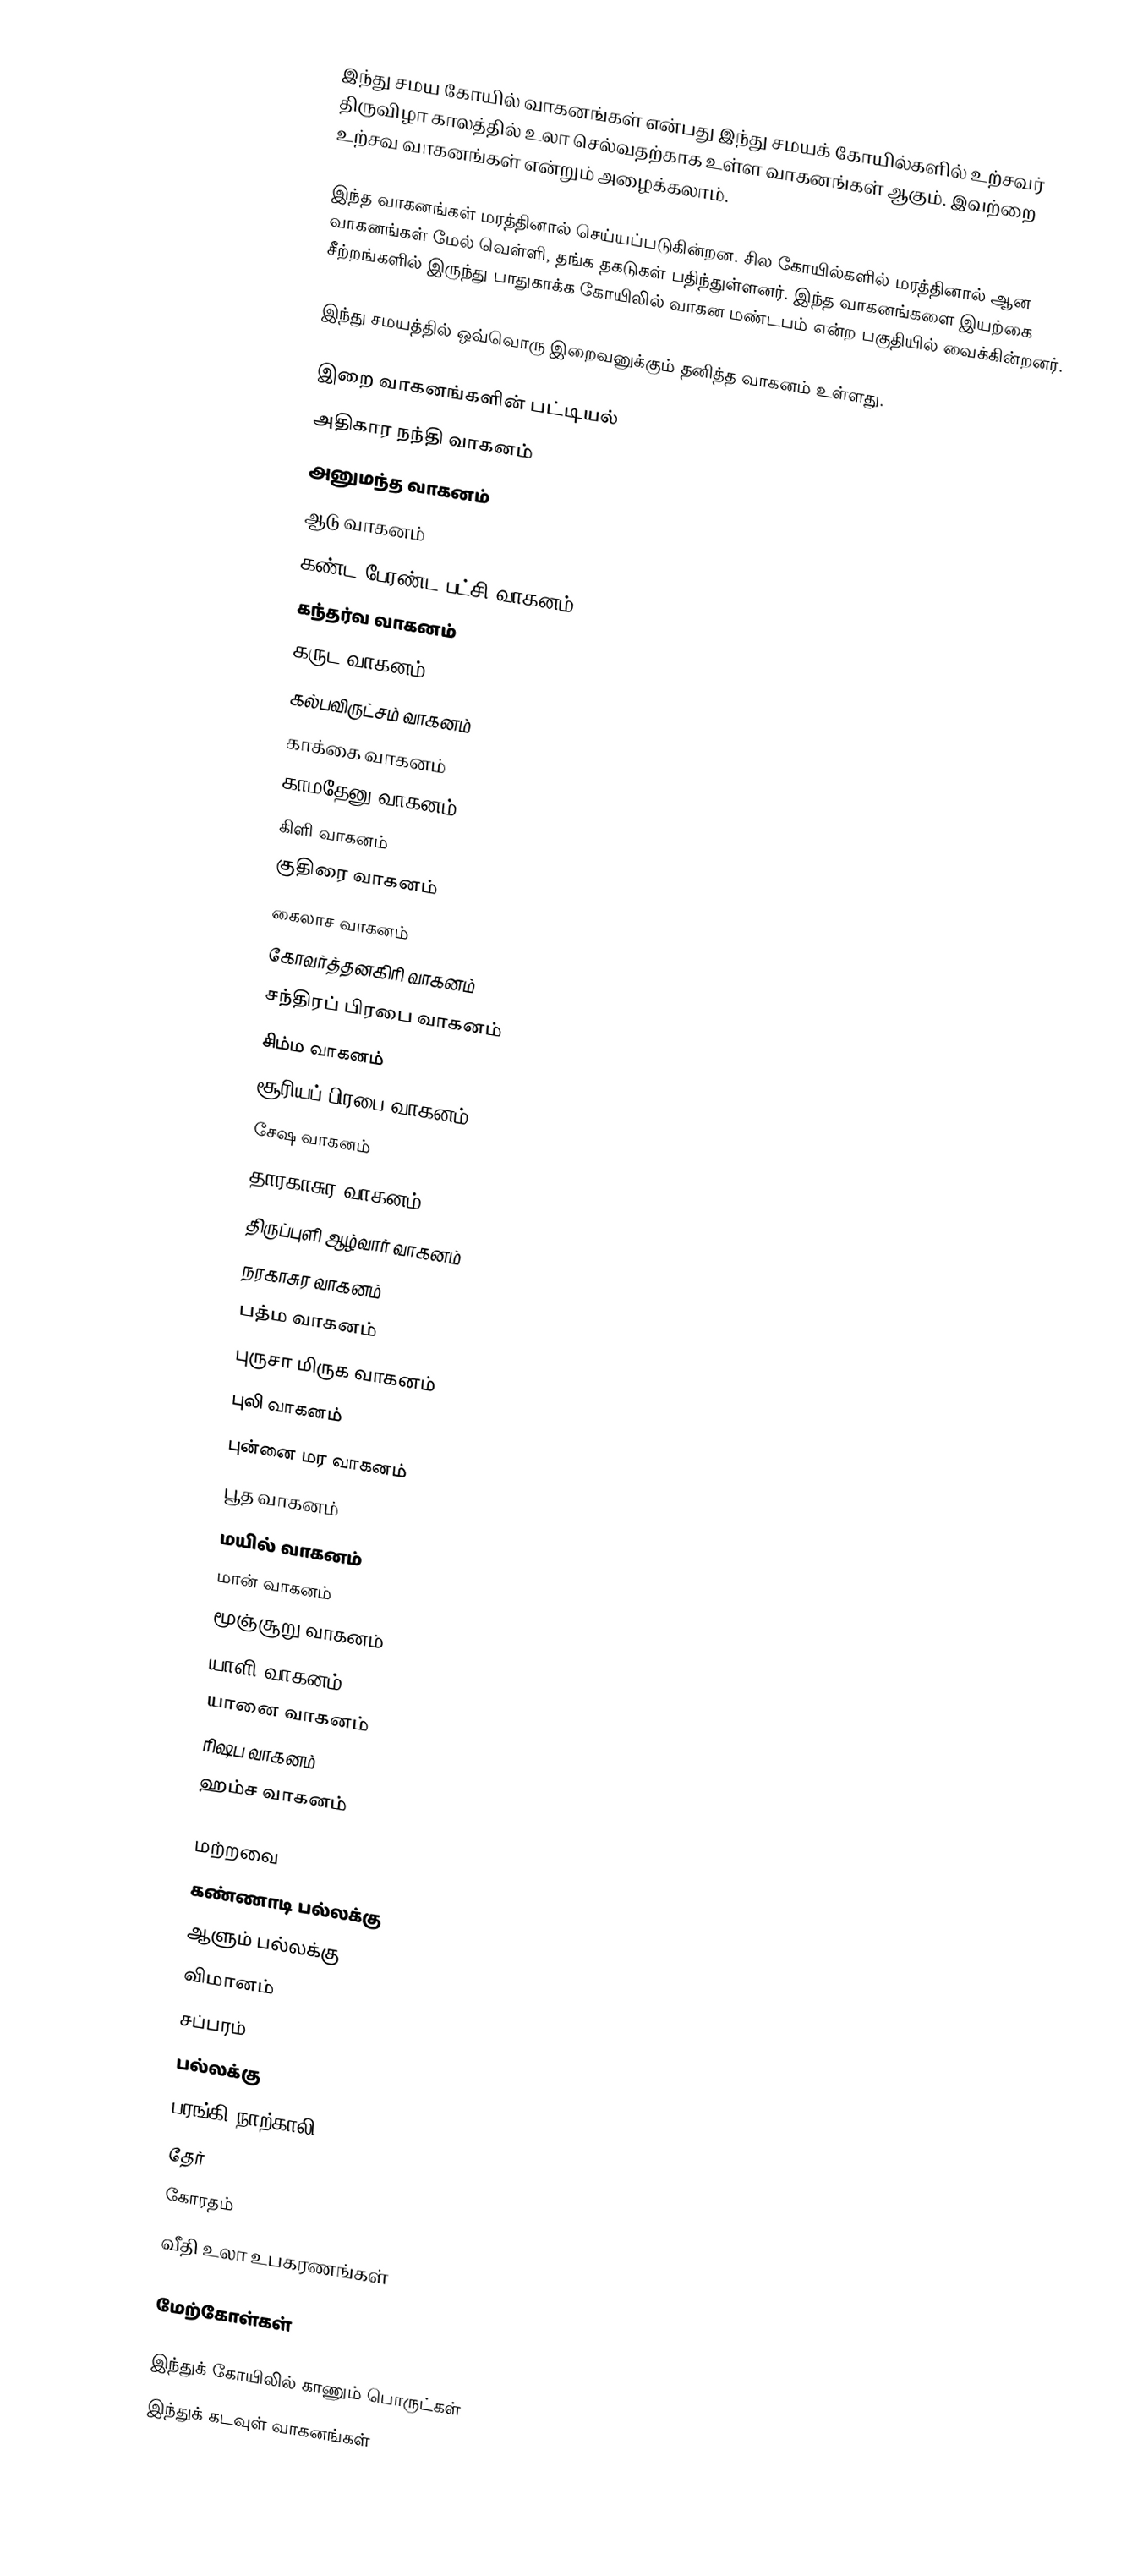
இந்து சமய கோயில் வாகனங்கள் என்பது இந்து சமயக் கோயில்களில் உற்சவர் திருவிழா காலத்தில் உலா செல்வதற்காக உள்ள வாகனங்கள் ஆகும். இவற்றை உற்சவ வாகனங்கள் என்றும் அழைக்கலாம்.

இந்த வாகனங்கள் மரத்தினால் செய்யப்படுகின்றன. சில கோயில்களில் மரத்தினால் ஆன வாகனங்கள் மேல் வெள்ளி, தங்க தகடுகள் பதிந்துள்ளனர். இந்த வாகனங்களை இயற்கை சீற்றங்களில் இருந்து பாதுகாக்க கோயிலில் வாகன மண்டபம் என்ற பகுதியில் வைக்கின்றனர்.

இந்து சமயத்தில் ஒவ்வொரு இறைவனுக்கும் தனித்த வாகனம் உள்ளது.

இறை வாகனங்களின் பட்டியல்
 அதிகார நந்தி வாகனம்
 அனுமந்த வாகனம்
 ஆடு வாகனம்
 கண்ட பேரண்ட பட்சி வாகனம்
 கந்தர்வ வாகனம்
 கருட வாகனம்
 கல்பவிருட்சம் வாகனம்
 காக்கை வாகனம்
 காமதேனு வாகனம்
 கிளி வாகனம்
 குதிரை வாகனம்
 கைலாச வாகனம்
 கோவர்த்தனகிரி வாகனம்
 சந்திரப் பிரபை வாகனம்
 சிம்ம வாகனம்
 சூரியப் பிரபை வாகனம்
 சேஷ வாகனம்
 தாரகாசுர வாகனம்
 திருப்புளி ஆழ்வார் வாகனம்
 நரகாசுர வாகனம்
 பத்ம வாகனம்
 புருசா மிருக வாகனம்
 புலி வாகனம்
 புன்னை மர வாகனம்
 பூத வாகனம்
 மயில் வாகனம்
 மான் வாகனம்
 மூஞ்சூறு வாகனம்
 யாளி வாகனம்
 யானை வாகனம்
 ரிஷப வாகனம்
 ஹம்ச வாகனம்

மற்றவை
 கண்ணாடி பல்லக்கு
 ஆளும் பல்லக்கு
 விமானம்
 சப்பரம்
 பல்லக்கு
 பரங்கி நாற்காலி
 தேர்
 கோரதம்
 வீதி உலா உபகரணங்கள்

மேற்கோள்கள்

இந்துக் கோயிலில் காணும் பொருட்கள்
இந்துக் கடவுள் வாகனங்கள்